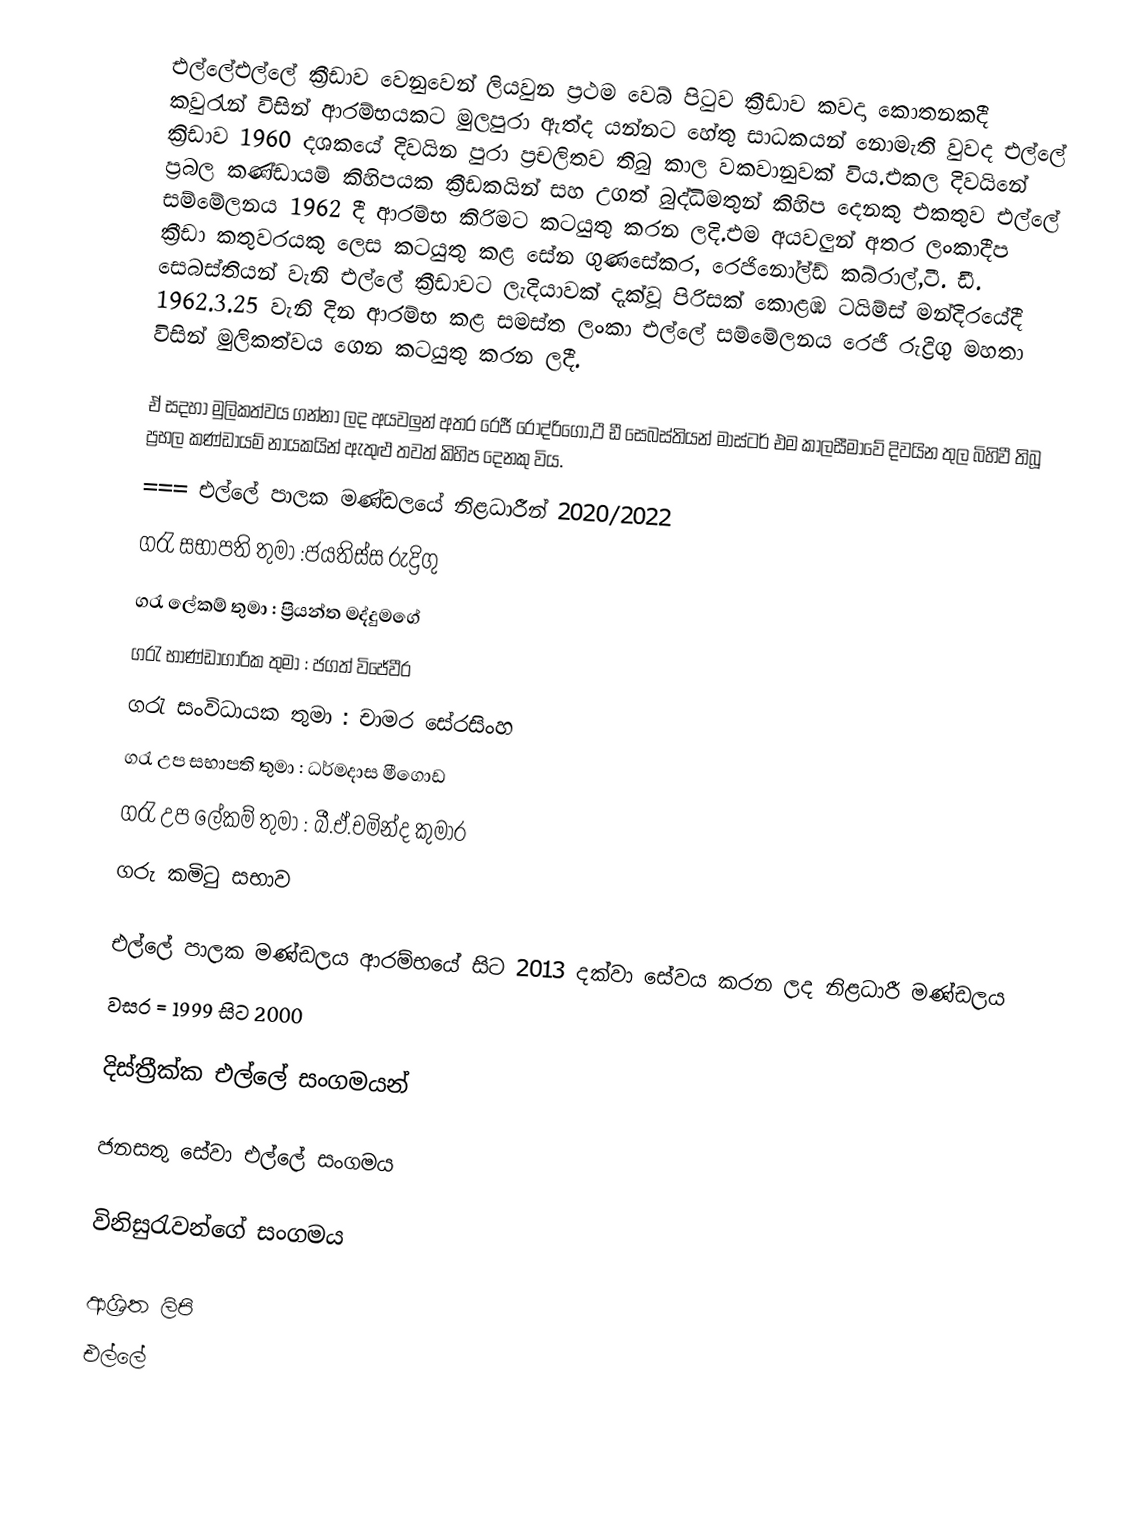
එල්ලේඑල්ලේ ක්‍රීඩාව වෙනුවෙන් ලියවුන ප්‍රථම වෙබ් පිටුව ක්‍රීඩාව කවදා කොතනකදී කවුරැන් විසින් ආරම්භයකට මුලපුරා ඇත්ද යන්නට හේතු සාධකයන් නොමැති වුවද එල්ලේ ක්‍රිඩාව 1960 දශකයේ දිවයින පුරා ප්‍රචලිතව තිබු කාල වකවානුවක් විය.එකල දිවයිනේ ප්‍රබල කණ්ඩායම් කිහිපයක ක්‍රීඩකයින් සහ උගත් බුද්ධිමතුන් කිහිප දෙනකු එකතුව එල්ලේ සම්මේලනය 1962 දී ආරම්භ කිරිමට කටයුතු කරන ලදි.එම අයවලුන් අතර ලංකාදීප ක්‍රීඩා කතුවරයකු ලෙස කටයුතු කළ සේන ගුණසේකර, රෙජිනෝල්ඩ් කබ්රාල්,ටී. ඩී. සෙබස්‌තියන් වැනි එල්ලේ ක්‍රීඩාවට ලැදියාවක්‌ දැක්‌වූ පිරිසක් කොළඹ ටයිම්ස්‌ මන්දිරයේදී 1962.3.25 වැනි දින ආරම්භ කළ සමස්‌ත ලංකා එල්ලේ සම්මේලනය රෙජී රුද්‍රිගු මහතා විසින් මුලිකත්වය ගෙන කටයුතු කරන ලදී.

ඒ සදහා මුලිකත්වය ගන්නා ලද අයවලුන් අතර රෙජී රොද්රිගෝ,ටී ඩී සෙබස්තියන් මාස්ටර් එම කාලසීමාවේ දිවයින තුල බිහිවී තිබූ ප්‍රභල කණ්ඩායම් නායකයින් ඇතුළු තවත් කිහිප දෙනකු විය.
=== එල්ලේ පාලක මණ්ඩලයේ නිළධාරීන් 2020/2022
 ගරැ සභාපති තුමා :ජයතිස්ස රුද්‍රිගු
 ගරැ ලේකම් තුමා : ප්‍රියන්ත මද්දුමගේ
 ගරැ භාණ්ඩාගාරික තුමා : ජගත් විජේවීර
 ගරැ සංවිධායක තුමා : චාමර සේරසිංහ
 ගරැ උප සභාපති තුමා : ධර්මදාස මීගොඩ
 ගරැ උප ලේකම් තුමා : බී.ඒ.චමින්ද කුමාර
 ගරු කමිටු සභාව

එල්ලේ පාලක මණ්ඩලය ආරම්භයේ සිට 2013 දක්වා සේවය කරන ලද නිළධාරී මණ්ඩලය
වසර = 1999 සිට 2000

දිස්ත්‍රීක්ක එල්ලේ සංගමයන්

ජනසතු සේවා එල්ලේ සංගමය

විනිසුරැවන්ගේ සංගමය

ආශ්‍රිත ලිපි
 එල්ලේ